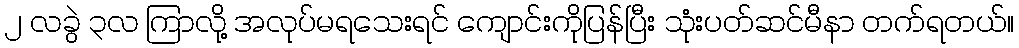
၂ လခွဲ ၃လ ကြာလို့ အလုပ်မရသေးရင် ကျောင်းကိုပြန်ပြီး သုံးပတ်ဆင်မီနာ တက်ရတယ်။